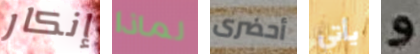
إنكار لماذا أحضرى يأتي و